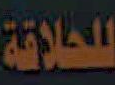
للحلاقة